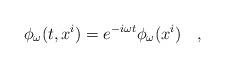
LaTeX: \begin{align*}\phi_{\omega}(t,x^i)=e^{-i\omega t}\phi_{\omega}(x^i)~~~,\end{align*}